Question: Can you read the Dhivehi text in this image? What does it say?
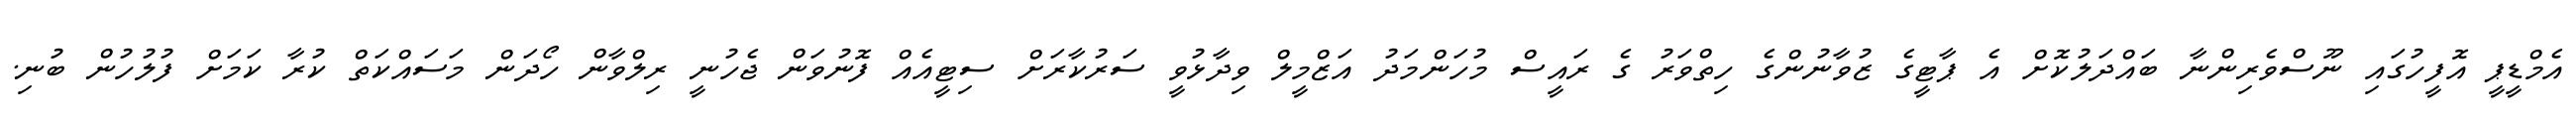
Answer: އެމްޑީޕީ އޮފީހުގައި ނޫސްވެރިންނާ ބައްދަލުކޮށް އެ ޕާޓީގެ ޒުވާނުންގެ ހިތްވަރު ގެ ރައީސް މުހަންމަދު އަޒްމީލް ވިދާޅުވީ ސަރުކާރަށް ސިޓީއެއް ފޮނުވަން ޖެހުނީ ރިލްވާން ހޯދަން މަސައްކަތް ކުރާ ކަމަށް ފުލުހުން ބުނި.